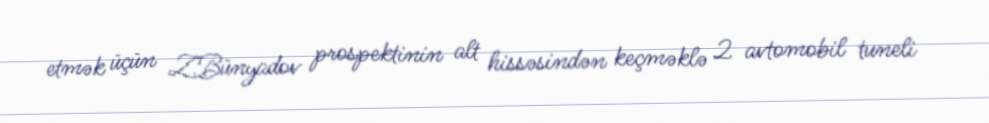
etmək üçün Z.Bünyadov prospektinin alt hissəsindən keçməklə 2 avtomobil tuneli